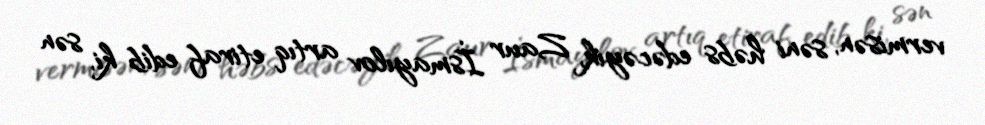
vermisən, səni həbs edəcəyik, Zaur İsmayılov artıq etiraf edib ki, sən